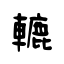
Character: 轆